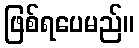
ဖြစ်ရပေမည်။